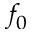
f _ { 0 }